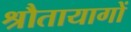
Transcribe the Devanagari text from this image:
श्रौतायागों